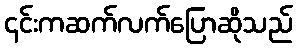
၎င်းကဆက်လက်ပြောဆိုသည်